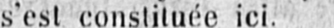
s’est constituée ici.